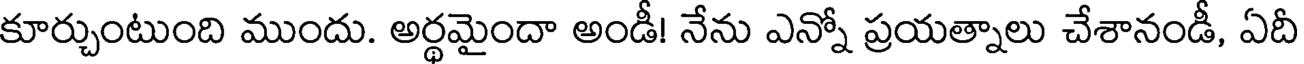
కూర్చుంటుంది ముందు. అర్థమైందా అండీ! నేను ఎన్నో ప్రయత్నాలు చేశానండీ, ఏదీ